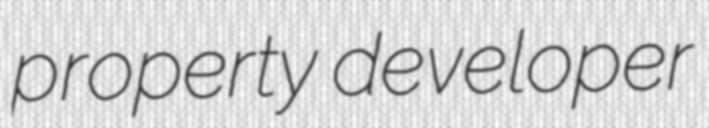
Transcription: property developer